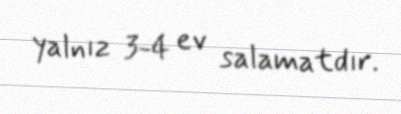
yalnız 3-4 ev salamatdır.